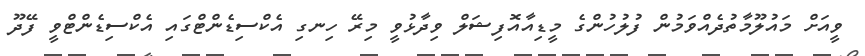
ވީއަށް މައުލޫމާތުދެއްވަމުން ފުލުހުންގެ މީޑިއާއޮފިޝަލް ވިދާޅުވީ މިރޭ ހިނގި އެކްސިޑެންޓްގައި އެކްސިޑެންޓްވީ ފޭދޫ